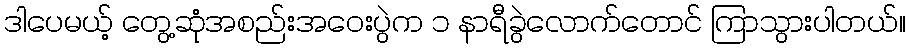
ဒါပေမယ့် တွေ့ဆုံအစည်းအဝေးပွဲက ၁ နာရီခွဲလောက်တောင် ကြာသွားပါတယ်။